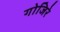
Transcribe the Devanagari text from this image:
गोजिरे